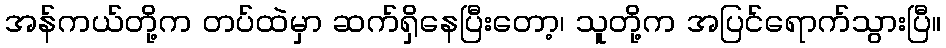
အန်ကယ်တို့က တပ်ထဲမှာ ဆက်ရှိနေပြီးတော့၊ သူတို့က အပြင်ရောက်သွားပြီ။